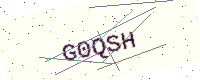
Text: G0QSH